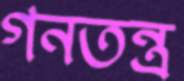
গনতন্ত্র